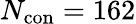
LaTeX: N_{\mathrm{con}}=162